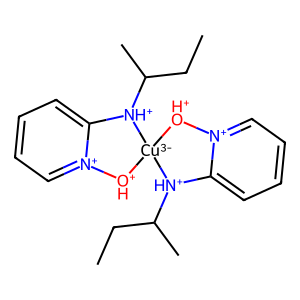
SMILES: CCC(C)[NH+]1c2cccc[n+]2[OH+][Cu-3]12[OH+][n+]1ccccc1[NH+]2C(C)CC
Inhibits HIV replication: No